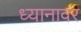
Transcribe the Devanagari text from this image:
ध्यानावर